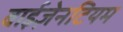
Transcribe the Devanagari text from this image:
बाईज़ेनटियम